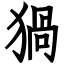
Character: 猧